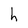
Character: h